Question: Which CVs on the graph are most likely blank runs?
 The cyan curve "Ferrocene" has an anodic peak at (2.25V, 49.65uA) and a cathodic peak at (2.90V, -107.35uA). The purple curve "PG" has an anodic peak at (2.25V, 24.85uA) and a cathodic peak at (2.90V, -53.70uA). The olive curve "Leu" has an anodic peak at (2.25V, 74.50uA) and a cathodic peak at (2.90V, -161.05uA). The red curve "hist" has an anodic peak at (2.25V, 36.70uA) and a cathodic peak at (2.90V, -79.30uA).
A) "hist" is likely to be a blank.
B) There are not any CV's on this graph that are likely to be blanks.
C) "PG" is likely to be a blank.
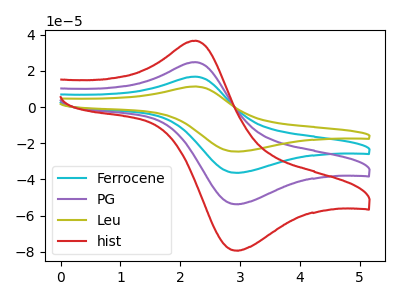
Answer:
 <answer>B) There are not any CV's on this graph that are likely to be blanks.</answer>
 <eval>B</eval>